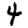
Digit: 4